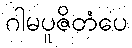
ဂါမပူဇိတံပေ